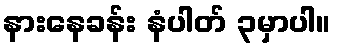
နားနေခန်း နံပါတ် ၃မှာပါ။